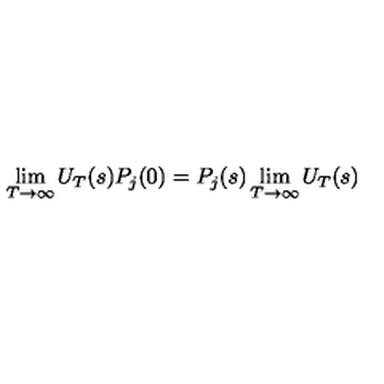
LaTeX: \lim _ { T \to \infty } U _ { T } ( s ) P _ { j } ( 0 ) = P _ { j } ( s ) \lim _ { T \to \infty } U _ { T } ( s )